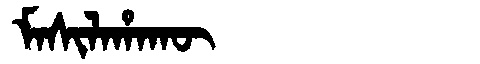
Manchu: ᠮᠠᠰᡳᠯᠠᡥᠠᡴᡡ
Romanization: MASILAHAKŪ